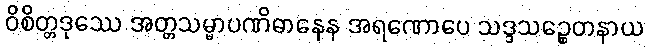
ဝိစိတ္တဒုဿေ အတ္တသမ္မာပဏိဓာနေန အရဏောပေ သဒ္ဒသဉ္စေတနာယ